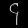
Digit: ၄